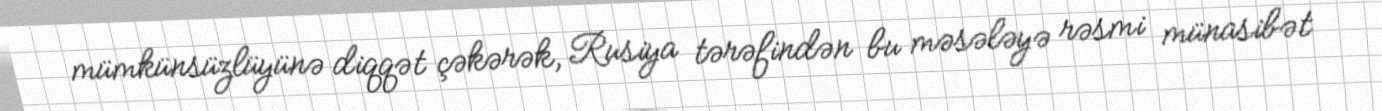
mümkünsüzlüyünə diqqət çəkərək, Rusiya tərəfindən bu məsələyə rəsmi münasibət